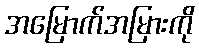
အမြောက်အမြားကို